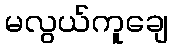
မလွယ်ကူချေ